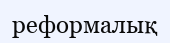
реформалық